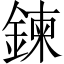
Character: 鍊